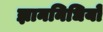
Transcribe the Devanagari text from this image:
ज्ञाननिधियों